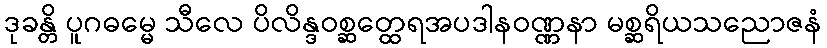
ဒုခန္တိ ပူဂဓမ္မေ သီလေ ပိလိန္ဒဝစ္ဆတ္ထေရအပဒါနဝဏ္ဏနာ မစ္ဆရိယသညောဇနံ